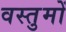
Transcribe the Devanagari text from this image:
वस्तुमों